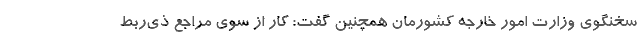
سخنگوی وزارت امور خارجه کشورمان همچنین گفت: کار از سوی مراجع ذی‌ربط